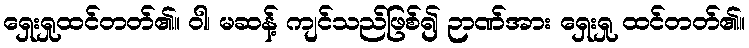
ရှေးရှုထင်တတ်၏။ ဝါ၊ မဆန့် ကျင်သည်ဖြစ်၍ ဉာဏ်အား ရှေးရှု ထင်တတ်၏။